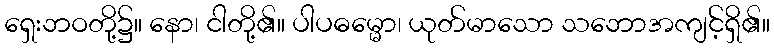
ရှေးဘဝတို့၌။ နော၊ ငါတို့၏။ ပါပဓမ္မော၊ ယုတ်မာသော သဘောအကျင့်ရှိ၏။